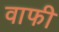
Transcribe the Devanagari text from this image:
वाफी